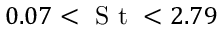
0 . 0 7 < \mathrm { ~ S ~ t ~ } < 2 . 7 9